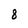
Character: 8